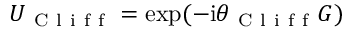
U _ { \mathrm { ~ C ~ l ~ i ~ f ~ f ~ } } = \exp ( - \mathrm { i } \theta _ { \mathrm { ~ C ~ l ~ i ~ f ~ f ~ } } G )